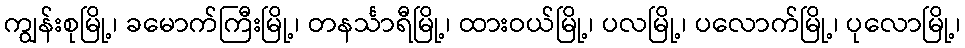
ကျွန်းစုမြို့၊ ခမောက်ကြီးမြို့၊ တနင်္သာရီမြို့၊ ထားဝယ်မြို့၊ ပလမြို့၊ ပလောက်မြို့၊ ပုလောမြို့၊